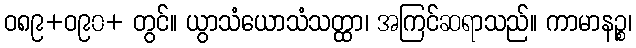
ဝ၈၉+ဝ၉၀+ တွင်။ ယွာသံယောသံသတ္ထာ၊ အကြင်ဆရာသည်။ ကာမာနဉ္စ၊